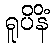
ရူပိနိံ